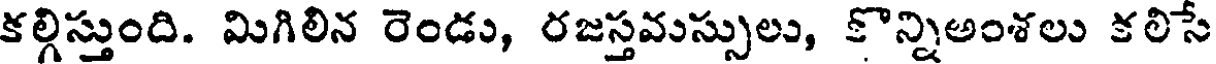
కల్గిస్తుంది. మిగిలిన రెండు, రజస్తవుస్సులు, కొన్నిఅంశలు కలిసే